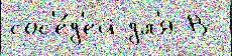
сос'е́д'ей дл'я В